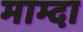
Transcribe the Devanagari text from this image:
माम्दा